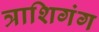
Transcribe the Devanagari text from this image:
त्राशिगंग